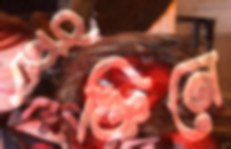
ইঞ্জিনে